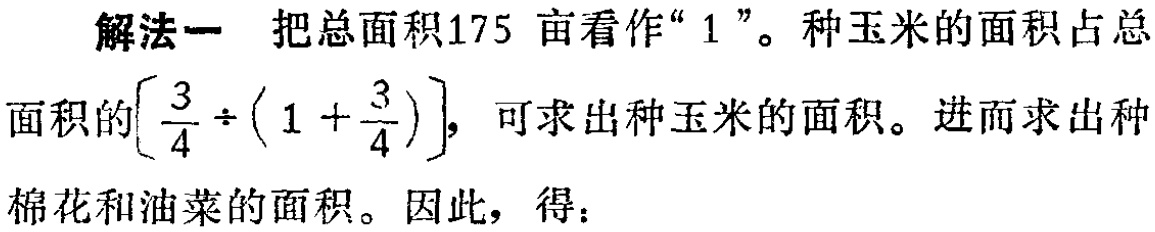
解法一 把总面积175 亩看作“1”。种玉米的面积占总

面积的\(\left[\frac{3}{4} \div \left(1+\frac{3}{4}\right)\right]\)，可求出种玉米的面积。进而求出种

棉花和油菜的面积。因此，得：